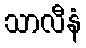
သာလီနံ